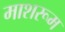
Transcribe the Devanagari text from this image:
माशरूम